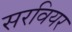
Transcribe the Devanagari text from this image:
सरवियर